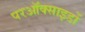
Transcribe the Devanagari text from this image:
परऑक्साइडों